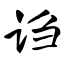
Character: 诌